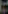
: